Sketch of the medical history of the native army of Bombay, for the year
Year: 1870
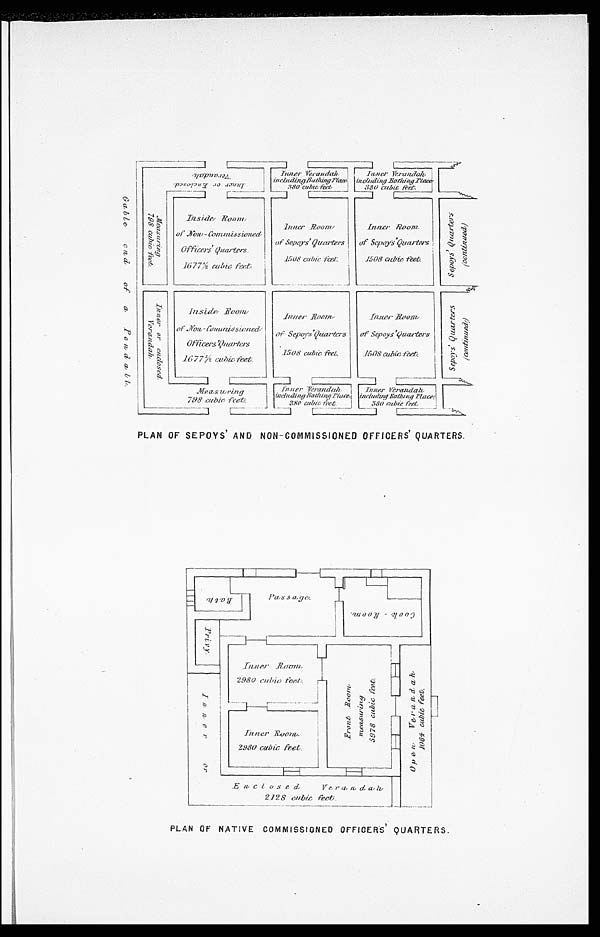
PLAN OF SEPOYS' AND NON-COMMISSIONED OFFICERS' QUARTERS.
PLAN OF NATIVE COMMISSIONED OFFICERS' QUARTERS.